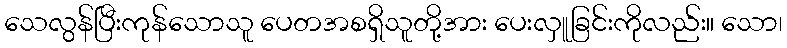
သေလွန်ပြီးကုန်သောသူ ပေတအစရှိသူတို့အား ပေးလှူခြင်းကိုလည်း။ သော၊